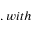
, w i t h